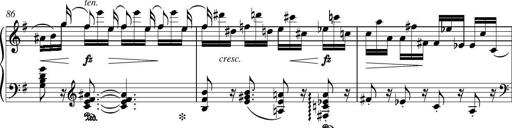
Title: Piano Sonatina in G major
Composer: Johan Peter Emilius Hartmann
Key: G major